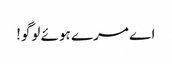
اے مرے ہوئے لوگو!